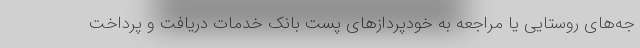
جه‌های روستایی یا مراجعه به خودپردازهای پست بانک خدمات دریافت و پرداخت